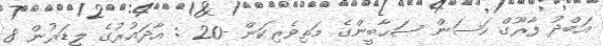
އަބްދު ފާރޫގް ހަސަން ޞަޙާބީންގެ މަތިވެރިކަން -20 : އާދައުރުގެ ލީޑަރުން 8